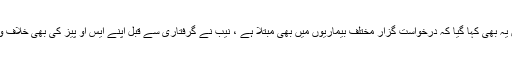
درخواست میں یہ بھی کہا گیا کہ درخواست گزار مختلف بیماریوں میں بھی مبتلا ہے ، نیب نے گرفتاری سے قبل اپنے ایس او پیز کی بھی خلاف ورزی کی ہے۔